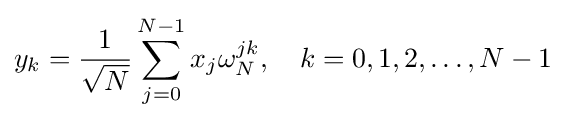
y_{k}={\frac {1}{\sqrt {N}}}\sum _{j=0}^{N-1}x_{j}\omega _{N}^{jk},\quad k=0,1,2,\ldots ,N-1